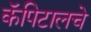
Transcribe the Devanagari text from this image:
कॅपिटालचे